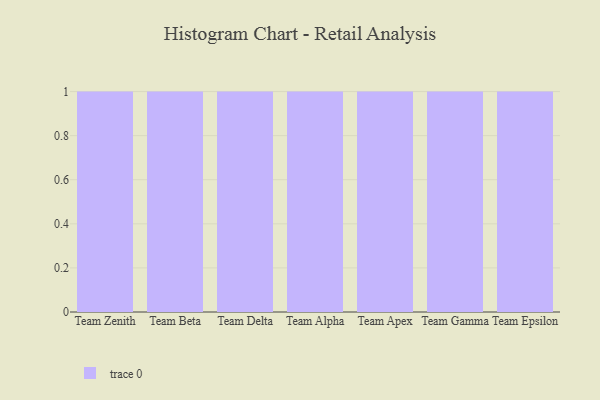
{"axis": {"x": "Team", "y": "Temperature (°C)"}, "legend": [""], "data": [{"x": "Team Zenith", "y": 66, "type": ""}, {"x": "Team Beta", "y": 68, "type": ""}, {"x": "Team Delta", "y": 92, "type": ""}, {"x": "Team Alpha", "y": 33, "type": ""}, {"x": "Team Apex", "y": 86, "type": ""}, {"x": "Team Gamma", "y": 21, "type": ""}, {"x": "Team Epsilon", "y": 56, "type": ""}]}